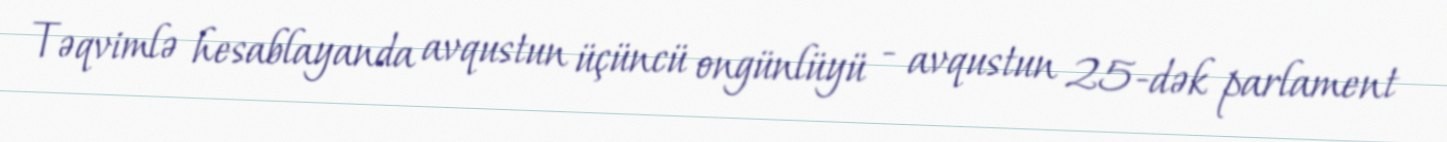
Təqvimlə hesablayanda avqustun üçüncü ongünlüyü - avqustun 25-dək parlament